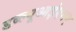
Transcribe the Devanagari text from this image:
डब्ल्यूआईएसए